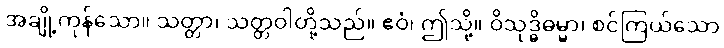
အချို့ကုန်သော။ သတ္တာ၊ သတ္တဝါတို့သည်။ ဧဝံ၊ ဤသို့။ ဝိသုဒ္ဓိဓမ္မာ၊ စင်ကြယ်သော